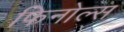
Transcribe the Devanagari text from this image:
फिनोल्स